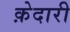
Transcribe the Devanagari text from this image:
क़ेदारी